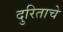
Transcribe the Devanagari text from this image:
दुरिताचे